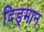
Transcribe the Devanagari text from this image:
दिङ्‌मान